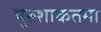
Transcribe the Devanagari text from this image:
पुरुशाकतमा